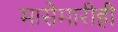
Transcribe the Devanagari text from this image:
मासेमारीही